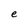
Character: e